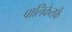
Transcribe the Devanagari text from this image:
पालिकेतर्फे